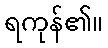
ရကုန်၏။